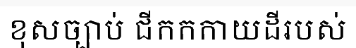
ខុសច្បាប់ ជីកកកាយដីរបស់